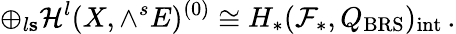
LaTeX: \oplus_{l\le s}{\cal H}^{l}(X,\wedge^{s}E)^{(0)}\cong H_{*}({\cal F}_{*},Q_{\mathrm{BRS}})_{\mathrm{int}}\, .